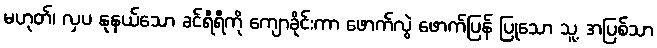
မဟုတ်၊ လှပ နုနယ်သော ခင်ရီရီကို ကျောခိုင်းကာ ဖောက်လွဲ ဖောက်ပြန် ပြုသော သူ့ အပြစ်သာ